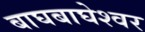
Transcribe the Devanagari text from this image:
बाघबाघेश्वर